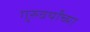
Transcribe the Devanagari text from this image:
गुरुवर्यांच्या